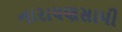
નારાયણસામી